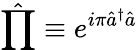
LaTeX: \hat{\prod}\equiv e^{i\pi\hat{a}^{\dagger}\hat{a}}